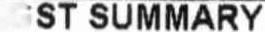
GST SUMMARY